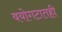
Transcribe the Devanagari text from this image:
वयोगटातही